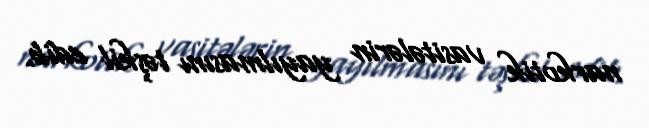
narkotik vasitələrin yayılmasını təşkil edib.